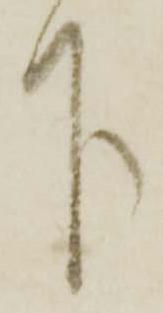
下